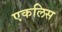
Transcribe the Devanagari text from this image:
एकलिस